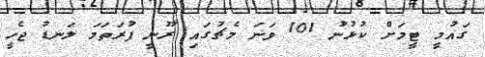
ގައުމީ ޓީމަށް ކުޅުނު 101 ވަނަ މެޗުގައި ރޫނީ ފުރަތަމަ ލަނޑު ޖެހީ